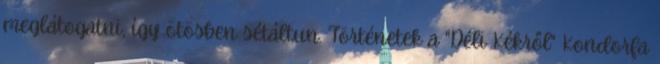
meglátogatni, így ötösben sétáltun. Történetek a "Déli Kékről" Kondorfa